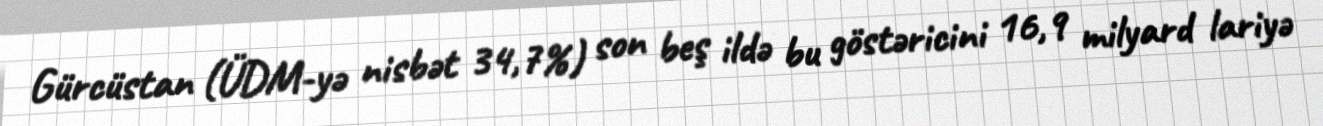
Gürcüstan (ÜDM-yə nisbət 34,7%) son beş ildə bu göstəricini 16,9 milyard lariyə